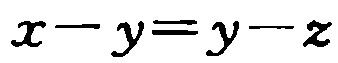
\(x - y = y - z\)